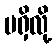
မရှိလို့